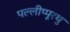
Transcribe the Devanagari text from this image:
पल्लीप्पूरथु